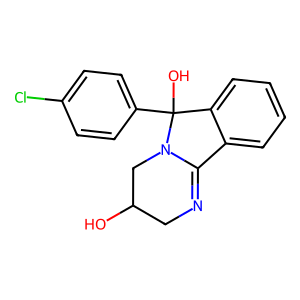
SMILES: OC1CN=C2c3ccccc3C(O)(c3ccc(Cl)cc3)N2C1
Inhibits HIV replication: No